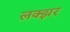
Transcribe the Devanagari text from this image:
लक्झर